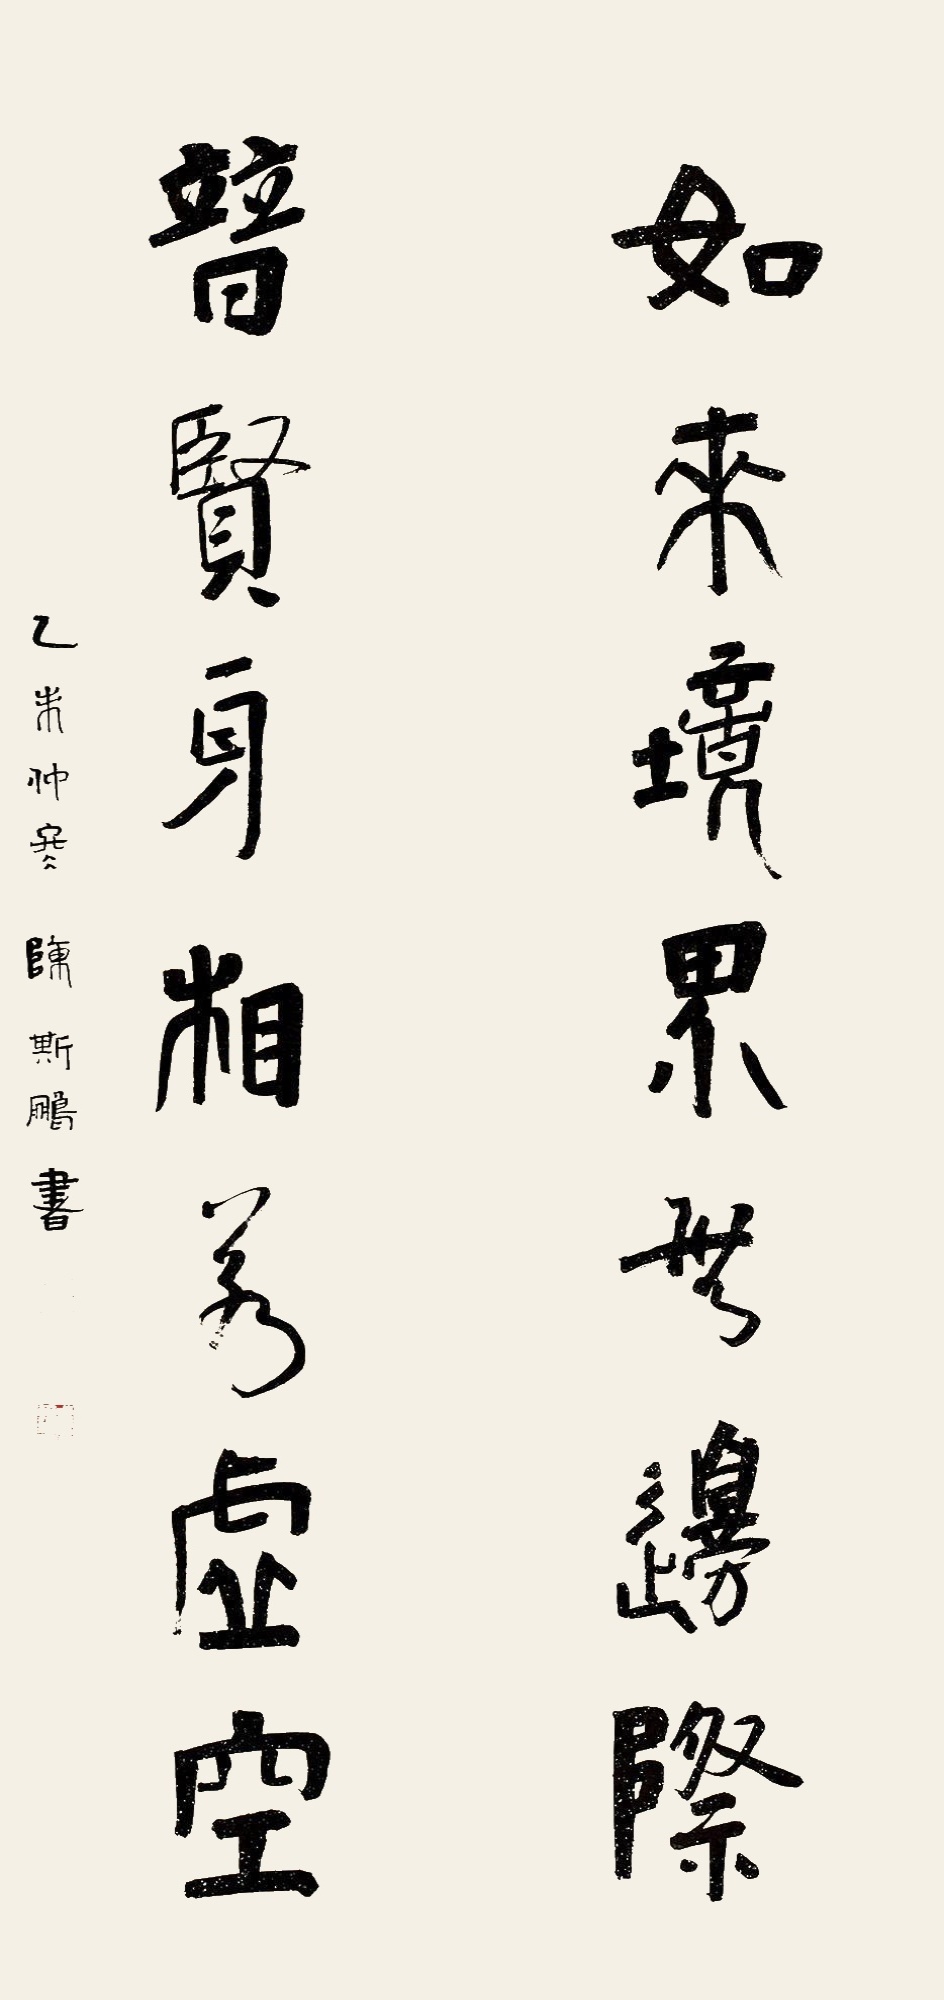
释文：如来境界无边际，普贤身相若虚空。乙未仲冬，陈斯鹏书。